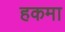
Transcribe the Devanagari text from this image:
हकमा